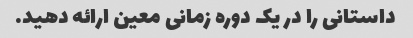
داستانی را در یک دوره زمانی معین ارائه دهید.